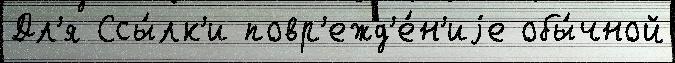
Дл'я Ссы́лк'и повр'ежд'е́н'иjе обы́чной